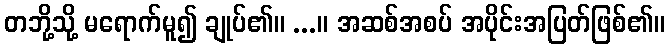
တဘို့သို့ မရောက်မူ၍ ချုပ်၏။ ...။ အဆစ်အစပ် အပိုင်းအပြတ်ဖြစ်၏။